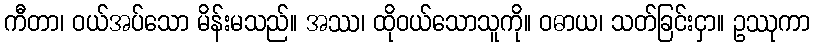
ကီတာ၊ ဝယ်အပ်သော မိန်းမသည်။ အဿ၊ ထိုဝယ်သောသူကို။ ဝဓာယ၊ သတ်ခြင်းငှာ။ ဥဿုကာ